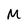
Character: M